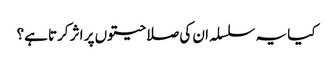
کیا یہ سلسلہ ان کی صلاحیتوں پر اثر کرتا ہے؟